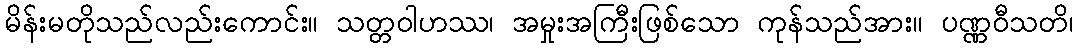
မိန်းမတိုသည်လည်းကောင်း။ သတ္တဝါဟဿ၊ အမှုးအကြီးဖြစ်သော ကုန်သည်အား။ ပဏ္ဏဝီသတိ၊